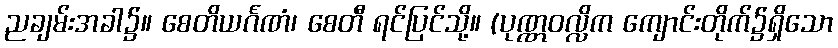
ညချမ်းအခါ၌။ စေတိယင်္ဂဏံ၊ စေတီ ရင်ပြင်သို့။ (ပုဏ္ဏဝလ္လိက ကျောင်းတိုက်၌ရှိသော